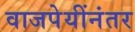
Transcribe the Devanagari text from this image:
वाजपेयींनंतर